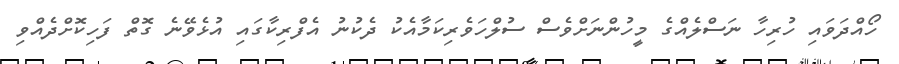
ހޯއްދަވައި ހުރިހާ ނަސްލެއްގެ މީހުންނަށްވެސް ސުލްހަވެރިކަމާއެކު ދެކުނު އެފްރިކާގައި އުޅެވޭނެ ގޮތް ފަހިކޮށްދެއްވި